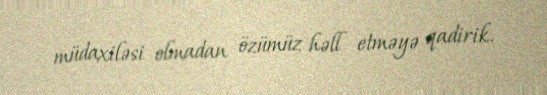
müdaxiləsi olmadan özümüz həll etməyə qadirik.